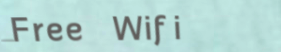
Free Wifi